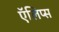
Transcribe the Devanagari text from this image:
ऍलिप्स